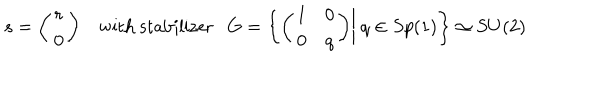
s = \bigg ( \begin{array} { c } { { r } } \\ { { 0 } } \\ \end{array} \bigg ) ~ \textrm { w i t h s t a b i l i z e r } G = \bigg \{ \bigg ( \begin{array} { c c } { { 1 } } & { { 0 } } \\ { { 0 } } & { { q } } \\ \end{array} \bigg ) \bigg | ~ q \in S p ( 1 ) \bigg \} \simeq S U ( 2 )